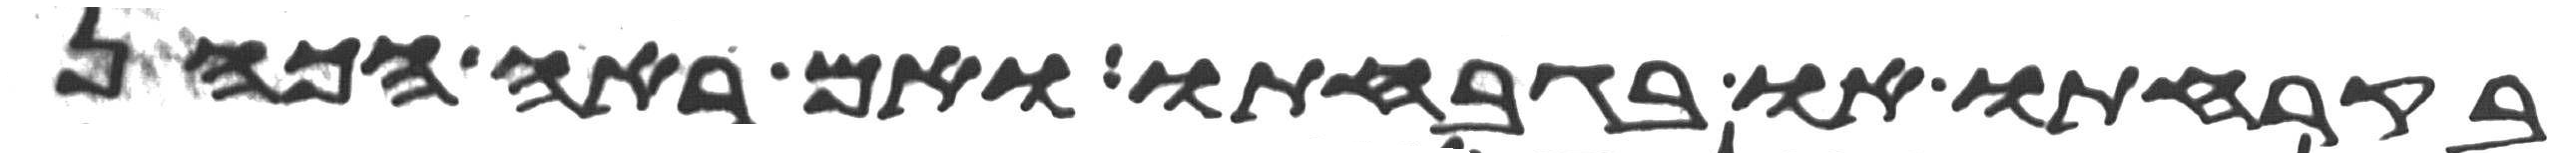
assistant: בקרחתו או בגבחתו ואם ראה הכהן